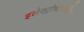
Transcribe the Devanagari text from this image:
इलेक्ट्रोपोज़िटिव